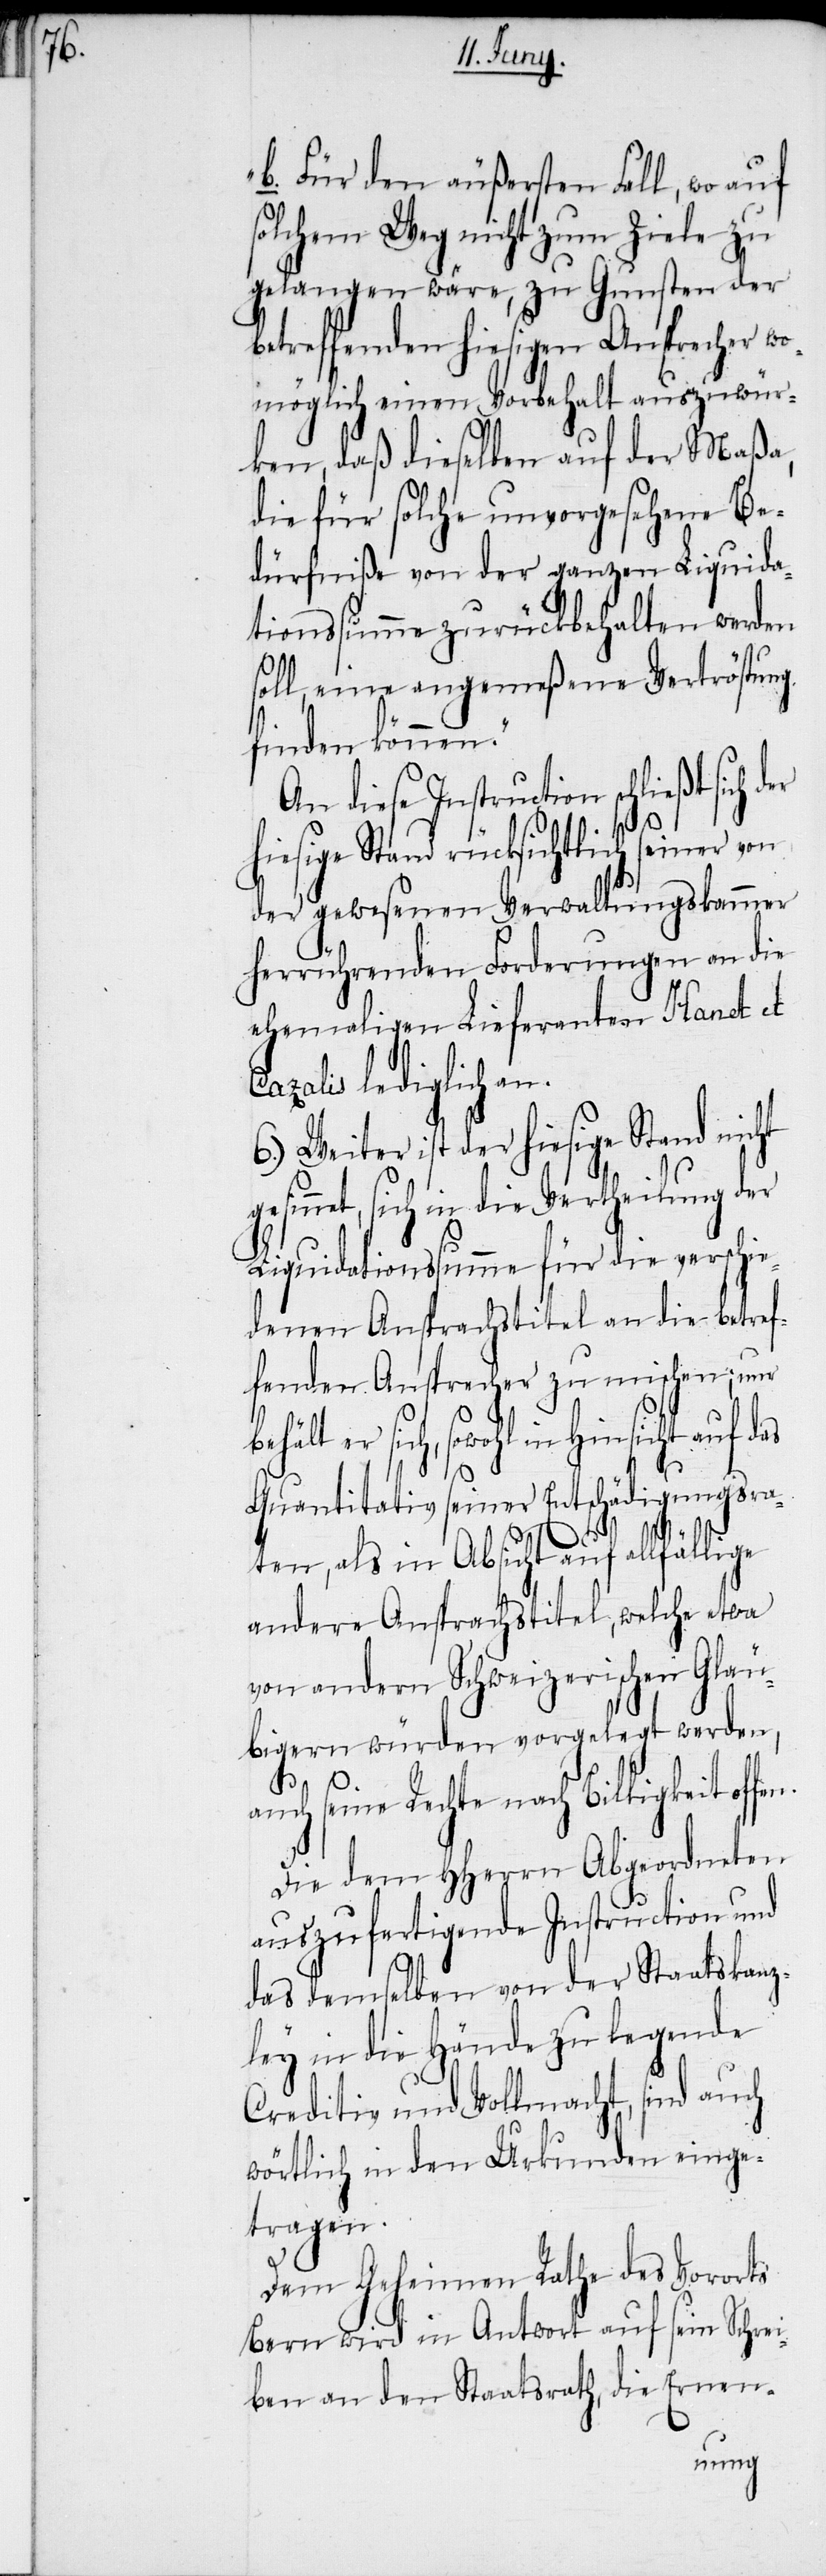
„b. Für den äußersten Fall, wo auf
solchem Weg nicht zum Ziele zu
gelangen wäre, zu Gunsten der
betreffenden hiesigen Ansprecher wo¬
möglich einen Vorbehalt auszuwür¬
ken, daß dieselben auf der Maßa,
die für solche unvorgesehene Be¬
dürfniße von der ganzen Liquida¬
tionssumme zurückbehalten werden
soll, eine angemeßene Vertröstung
finden können.“
andere Ansprachstitel, welche
hiesige Stand rücksichtlich seiner von
der gewesenen Verwaltungskammer
herrührenden Forderungen an die
ehemaligen Lieferanten Hanet et
Cazalis lediglich an.
6.) Weiter ist der hiesige Stand nicht
sinnet, sich in die Vertheilung der
Liquidationssumme für die verschie¬
denen Ansprachstitel an die betref¬
fenden Ansprecher zu mischen; nur
er sich, sowohl in Hinsicht auf d¬
as
Quantitativ seiner Entschädigungsra¬
ten, als in Absicht auf allfällige
von andern Schweizerischen Gläu¬
bigern würden vorgelegt werden,
auch seine Rechte nach Billigkeit offen.
Die dem HHerrn Abgeordneten
auszufertigende Instruction und
das demselben von der Staatskanz¬
ley in die Hände zu legende
Creditiv und Vollmacht, sind auch
wörtlich in den Urkunden einge¬
tragen.
Dem Geheimen Rathe des Vororts
Bern wird in Antwort auf sein Schrei¬
ben an den Staatsrath, die Ernen-